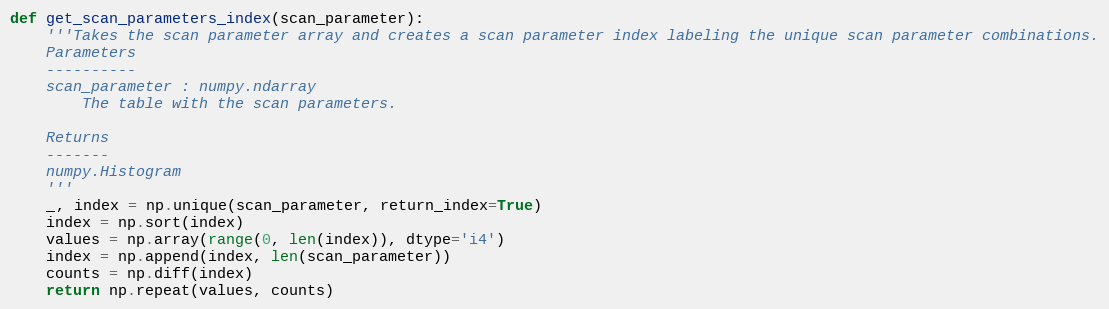
Language: Python
def get_scan_parameters_index(scan_parameter):
    '''Takes the scan parameter array and creates a scan parameter index labeling the unique scan parameter combinations.
    Parameters
    ----------
    scan_parameter : numpy.ndarray
        The table with the scan parameters.

    Returns
    -------
    numpy.Histogram
    '''
    _, index = np.unique(scan_parameter, return_index=True)
    index = np.sort(index)
    values = np.array(range(0, len(index)), dtype='i4')
    index = np.append(index, len(scan_parameter))
    counts = np.diff(index)
    return np.repeat(values, counts)